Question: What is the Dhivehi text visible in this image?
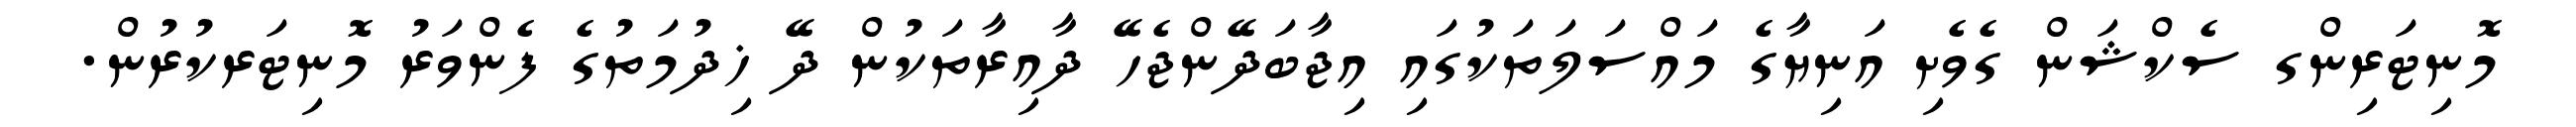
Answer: މޮނިޓަރިންގ ސެކްޝަން ގެވެށި އަނިޔާގެ މައްސަލަތަކުގައި އިޖާބަދޭންޖެހޭ ދާއިރާތަކުން ދޭ ޚިދުމަތުގެ ފެންވަރު މޮނިޓަރކުރުން.